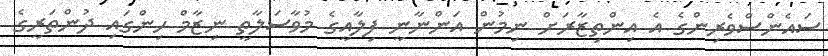
ސައެންސްވެރިންގެ އެ އިންތިޒާރަށް ނިމުން އަންނާނީ ފިލާއީގެ މުވާސަލާތީ ނިޒާމް ހިންގައި ދުންތަރީގެ